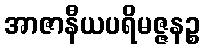
အာဇာနီယပရိမဇ္ဇနဉ္စ